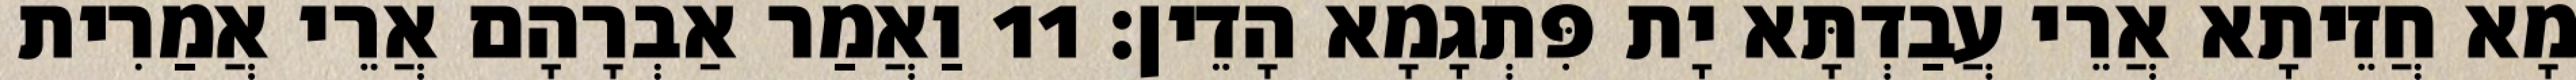
מָא חֲזֵיתָא אֲרֵי עֲבַדְתָּא יָת פִּתְגָמָא הָדֵין׃ 11 וַאֲמַר אַבְרָהָם אֲרֵי אֲמַרִית